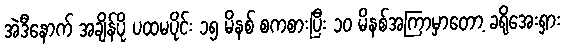
အဲဒီနောက် အချိန်ပို ပထမပိုင်း ၁၅ မိနစ် စကစားပြီး ၁၀ မိနစ်အကြာမှာတော့ ခရိုအေးရှား